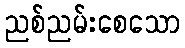
ညစ်ညမ်းစေသော